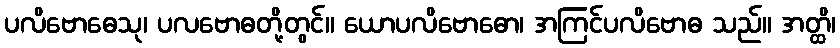
ပလိဗောဓေသု၊ ပလဗောဓတို့တွင်။ ယောပလိဗောဓော၊ အကြင်ပလိဗောဓ သည်။ အတ္ထိ၊